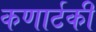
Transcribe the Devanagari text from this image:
कणार्टकी